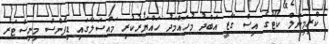
ކްރިމިނަލް ކޯޓުގެ އިސް ގާޒީ އަބްދު މުހައްމަދު ހައްޔަރުކުރި މައްސަލާގައި ޑިފެންސް މިނިސްޓަރު